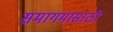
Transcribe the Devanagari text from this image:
समागमासाठी